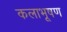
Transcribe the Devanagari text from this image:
कलाभूषण